Indian journal of veterinary science and animal husbandry - Volume 10,
Year: 1940
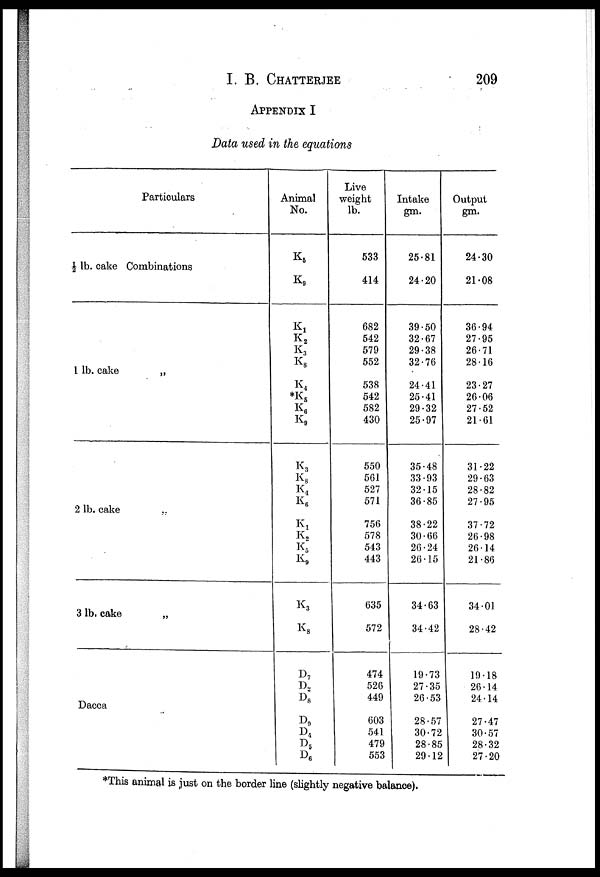
I.B. CHATTERJEE 209
APPENDIX I
Data used in the equations
Particulars
½
lb. cake Combinations
1 lb. cake
„
2 lb. cake „
3 lb. cake
„
Dacca „
Animal
No.
K 5
K 9
K 1
K 2
K 3
K 8
K 4
*K 5
K 6
K 9
K 3
K 8
K 4
K 6
K 1
K 2
K 5
K 9
K 3
K 8
D 7
D 2
D 8
D 9
D 4
D 5
D 6
Live
weight
lb.
533
414
682
542
579
552
538
542
582
430
550
561
527
571
756
578
543
443
635
572
474
526
449
603
541
479
553
Intake
gm.
25.81
24.20
39.50
32.67
29.38
32.76
24.41
25.41
29.32
25.97
35.48
33.93
32.15
36.85
38.22
30.66
26.24
26.15
34.63
34.42
19.73
27.35
26.53
28.57
30.72
28.85
29.12
Output
gm.
24.30
21.08
36.94
27.95
26.71
28.16
23.27
26.06
27.52
21.61
31.22
29.63
28.82
27.95
37.72
26.98
26.14
21.86
34.01
28.42
19.18
26.14
24.14
27.47
30.57
28.32
27.20
*This animal is just on the border line (slightly negative balance).